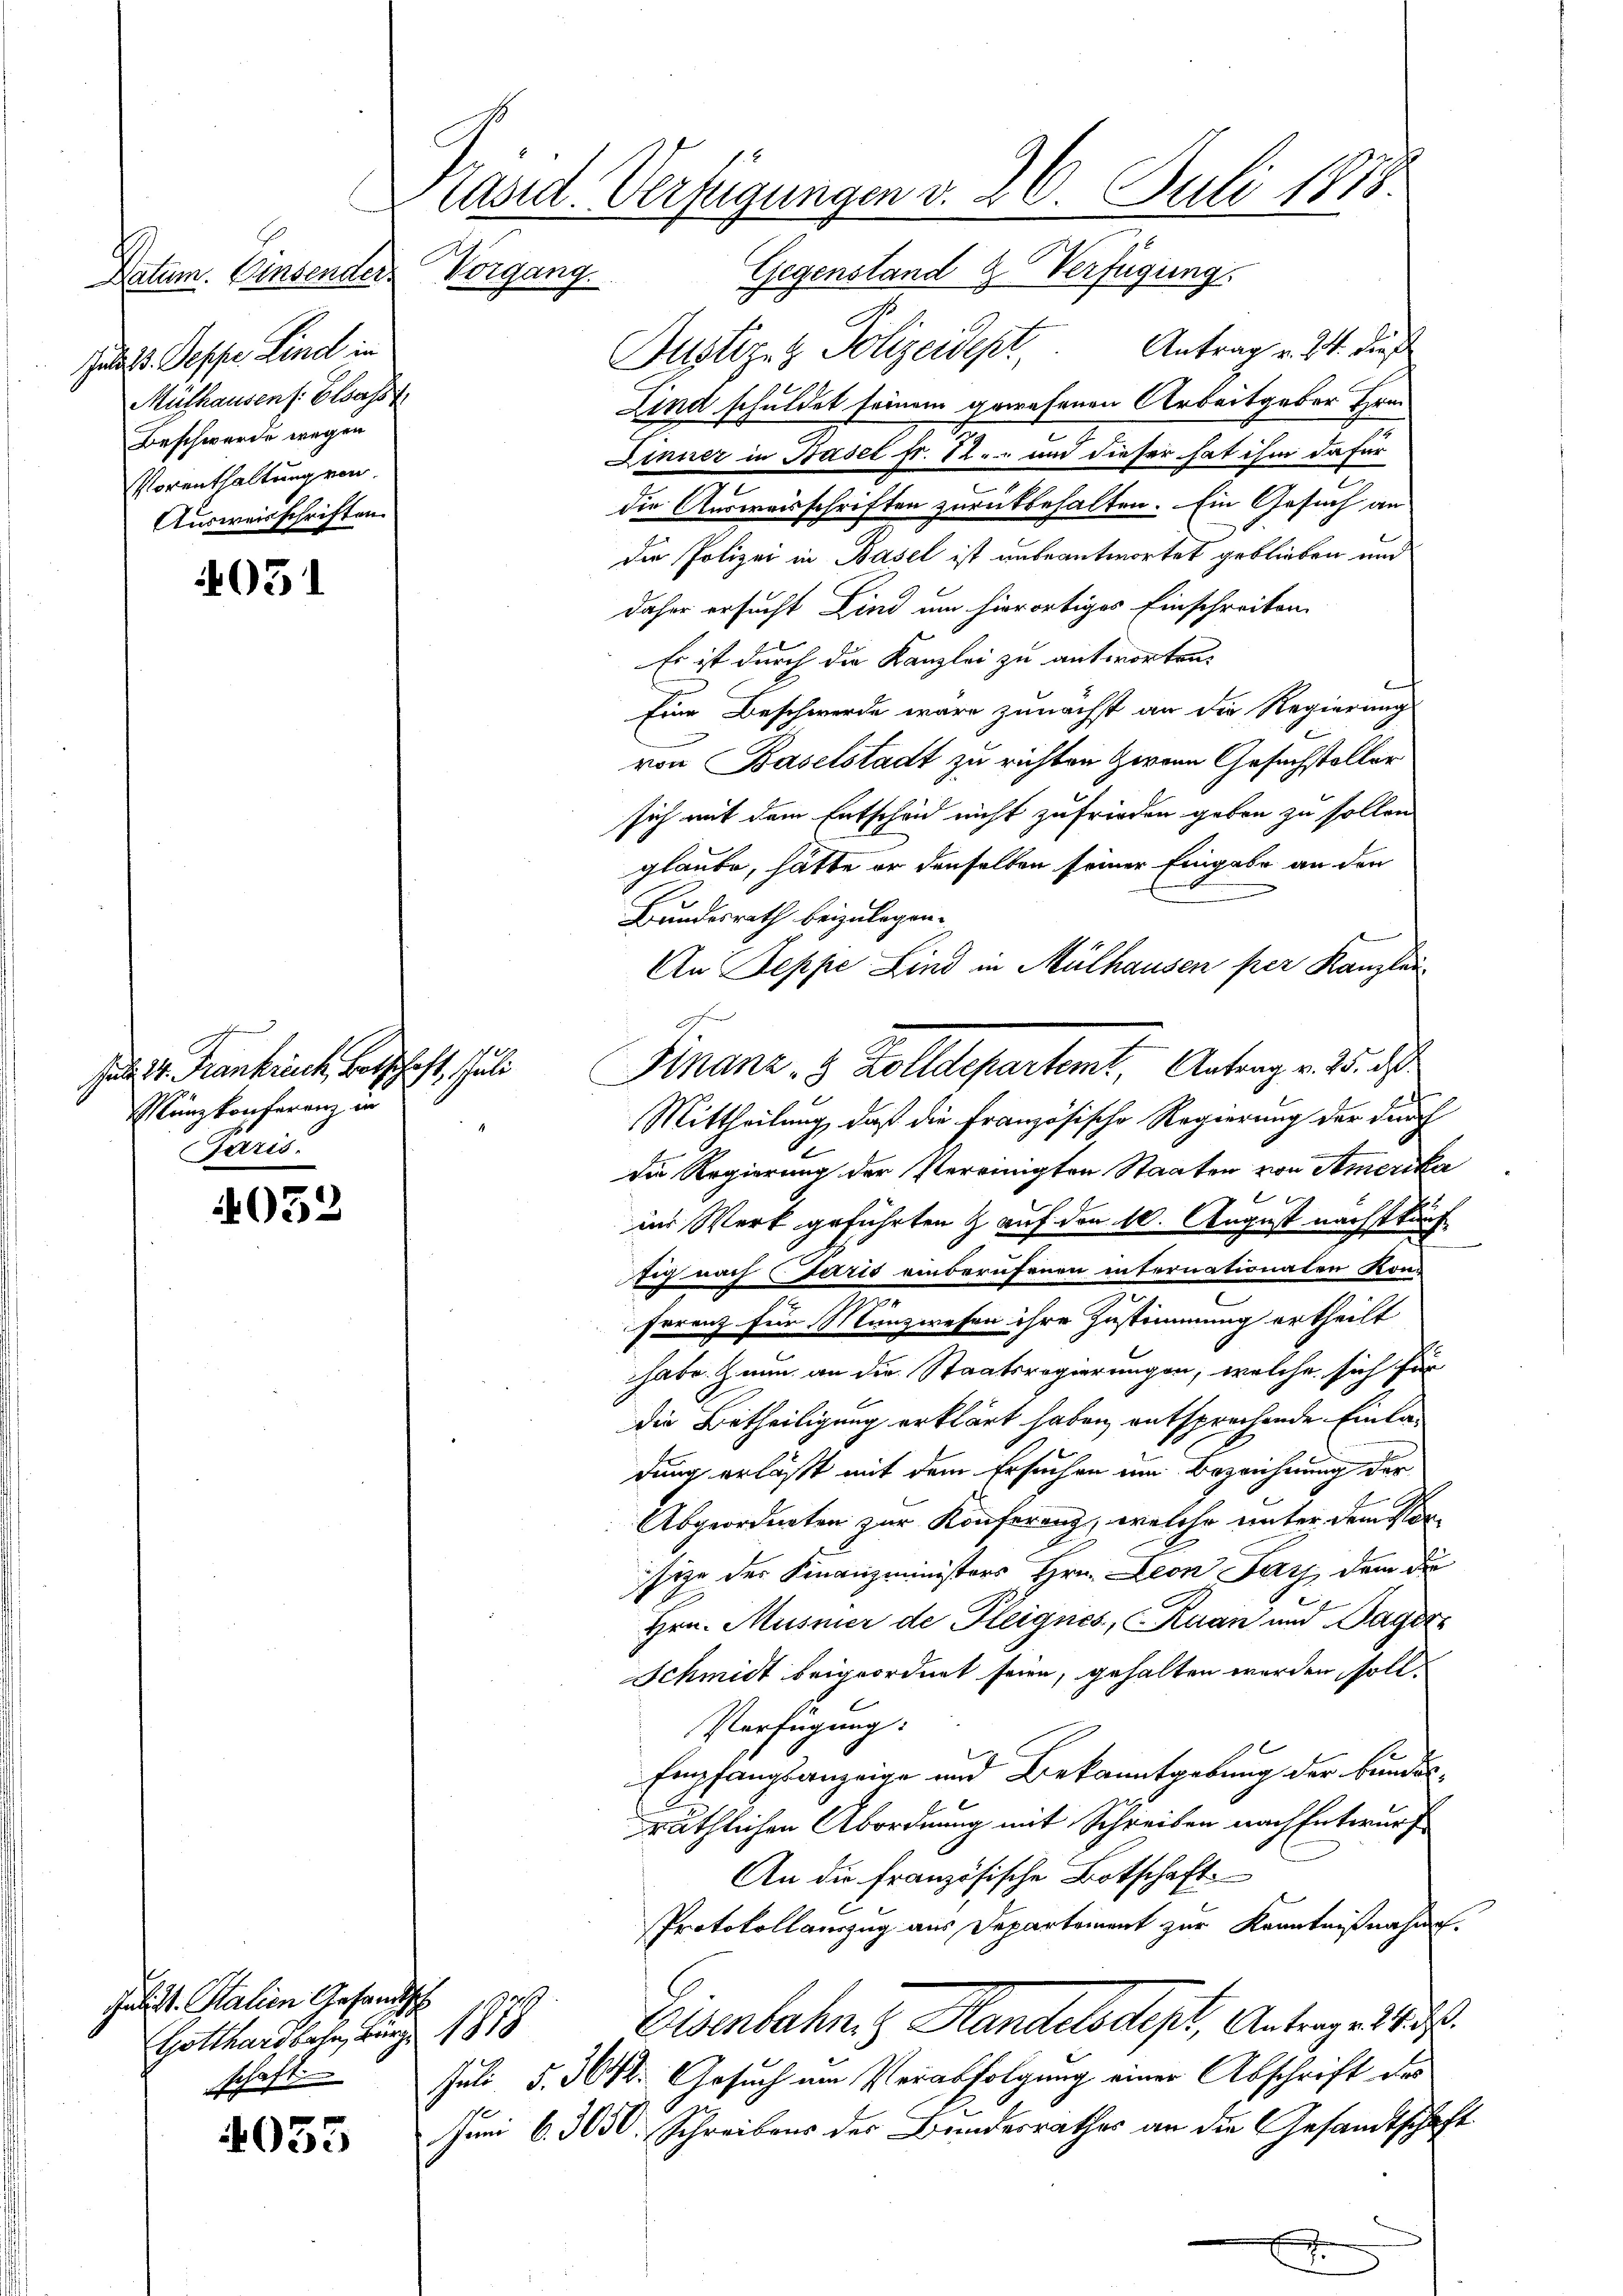
051

4052

4035

Jadast. Desse Lind in
Mülhausen s. Classt
Beschwerde wegen
Vorenthaltung von
Ausweisschriften.

Jad 4. Frankreut, Betschaft, Juli
Münzkonferenz in
Paris.

Präsid. Verfügungen v. 26. Juli 1818.
Datum. Einsender Vorgang. Gegenstand & Verfügung

Jalist. Salien Gesandtsch
Gotthardbahn, kurz 1878
schaft

Justiz- & Polizeidept, Antrag v. 24. dies
Kind schuldet seinem gewesenen Arbeitgeber Frei
Linner in Hasel fr. 12. und dieser hat ihm dafür
die Ausweisschriften zurükbehalten. Ein Gesuch an
die Polizei in Basel ist unbeantwortet geblieben und
daher ersucht Kind um hierortiges Einschreiben
Es ist durch die Kanzlei zu antworten.
Eine Beschwerde wäre zunächst an die Regierung
von Baselstadt zu richten Zwann Gesuchsteller
sich mit dem Entscheid nicht zufrieden geben zu sollen
glaube, hätte er denselben seiner Eingabe an den
Bundesrath beizulegen.
An Seppe Lind in Mülhausen per Kanzlei.
Mittheilung, daß die Französische Regierung der durch
Die Regierung der Vereinigten Staaten von Amerika

in Werk geführten & auf den 10. August nächstkünfsig nach Paris einberufenen internationalen Kon¬
Frrenz für Münzwesen ihre Zustimmung ertheilt
habe & nun an die Staatsregierungen, welche sich für
die Betheiligung erklärt haben, entsprechende Einladung erläßt mit dem Ersuchen um Bezeichnung der
Abgeordneten zur Konferenz, welche unter dem Vorsize der Finanzministers Hrn. Leon Fach, dem die
Hrn. Musmer de Pleignes, Ruan und Dage
Schmidt beigeordnet seien, gehalten werden, soll
Verfügung:
Empfangsanzeige und Bekanntgebung der Bundes-
räthlichen Abordnung mit Schreiben nach Entwurf
An die Französische Botschaft
Protokollauszug aus Departement zur Kenntnißnahmen.
Eisenbahn, z. Handelsdest, Antrage u.
Juli §. 3672. Gesuch um Verabfolgung einer Abschrift des
Juni 6. 3050. Schreibens der Bundesrathes an die Gesandtschaft

Finanz- 3 Zolldepartemt, Antrag v. 25. d.